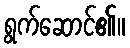
ရွက်ဆောင်၏။